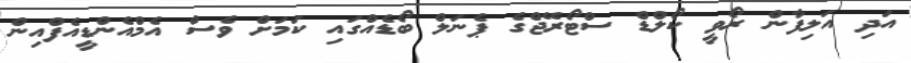
އަދި އަލިފާން ރޯވީ ކޯލްޑް ސްޓޯރޭޖްގެ ޕެނަލް ބޯޑެއްގައި ކަމަށް ވެސް އެމްއެންޑީއެފްއިން